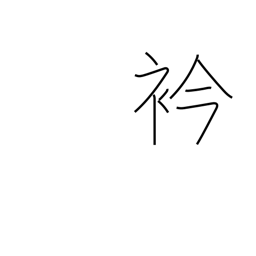
Meaning: neck